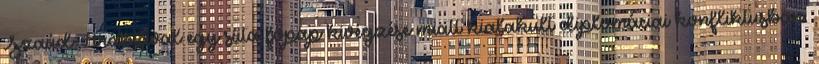
Szaúd-Arábiával egy síita főpap kivégzése miatt kialakult diplomáciai konfliktusban.